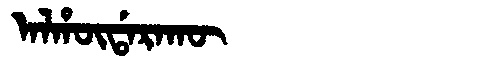
Manchu: ᠠᠯᡥᡡᡩᠠᡵᠠᡴᡡ
Romanization: ALHŪDARAKŪ